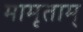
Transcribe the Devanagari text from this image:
मामृताम्‌